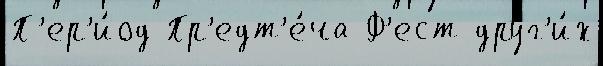
П'ер'и́од Пр'едт'е́ча Ф'ест друг'и́х